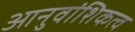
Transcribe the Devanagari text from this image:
आनुवांशिकत्व